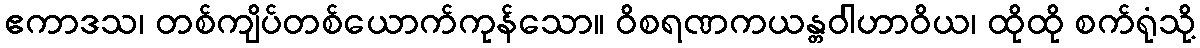
ဧကာဒသ၊ တစ်ကျိပ်တစ်ယောက်ကုန်သော။ ဝိစရဏကယန္တဝါဟာဝိယ၊ ထိုထို စက်ရုံသို့